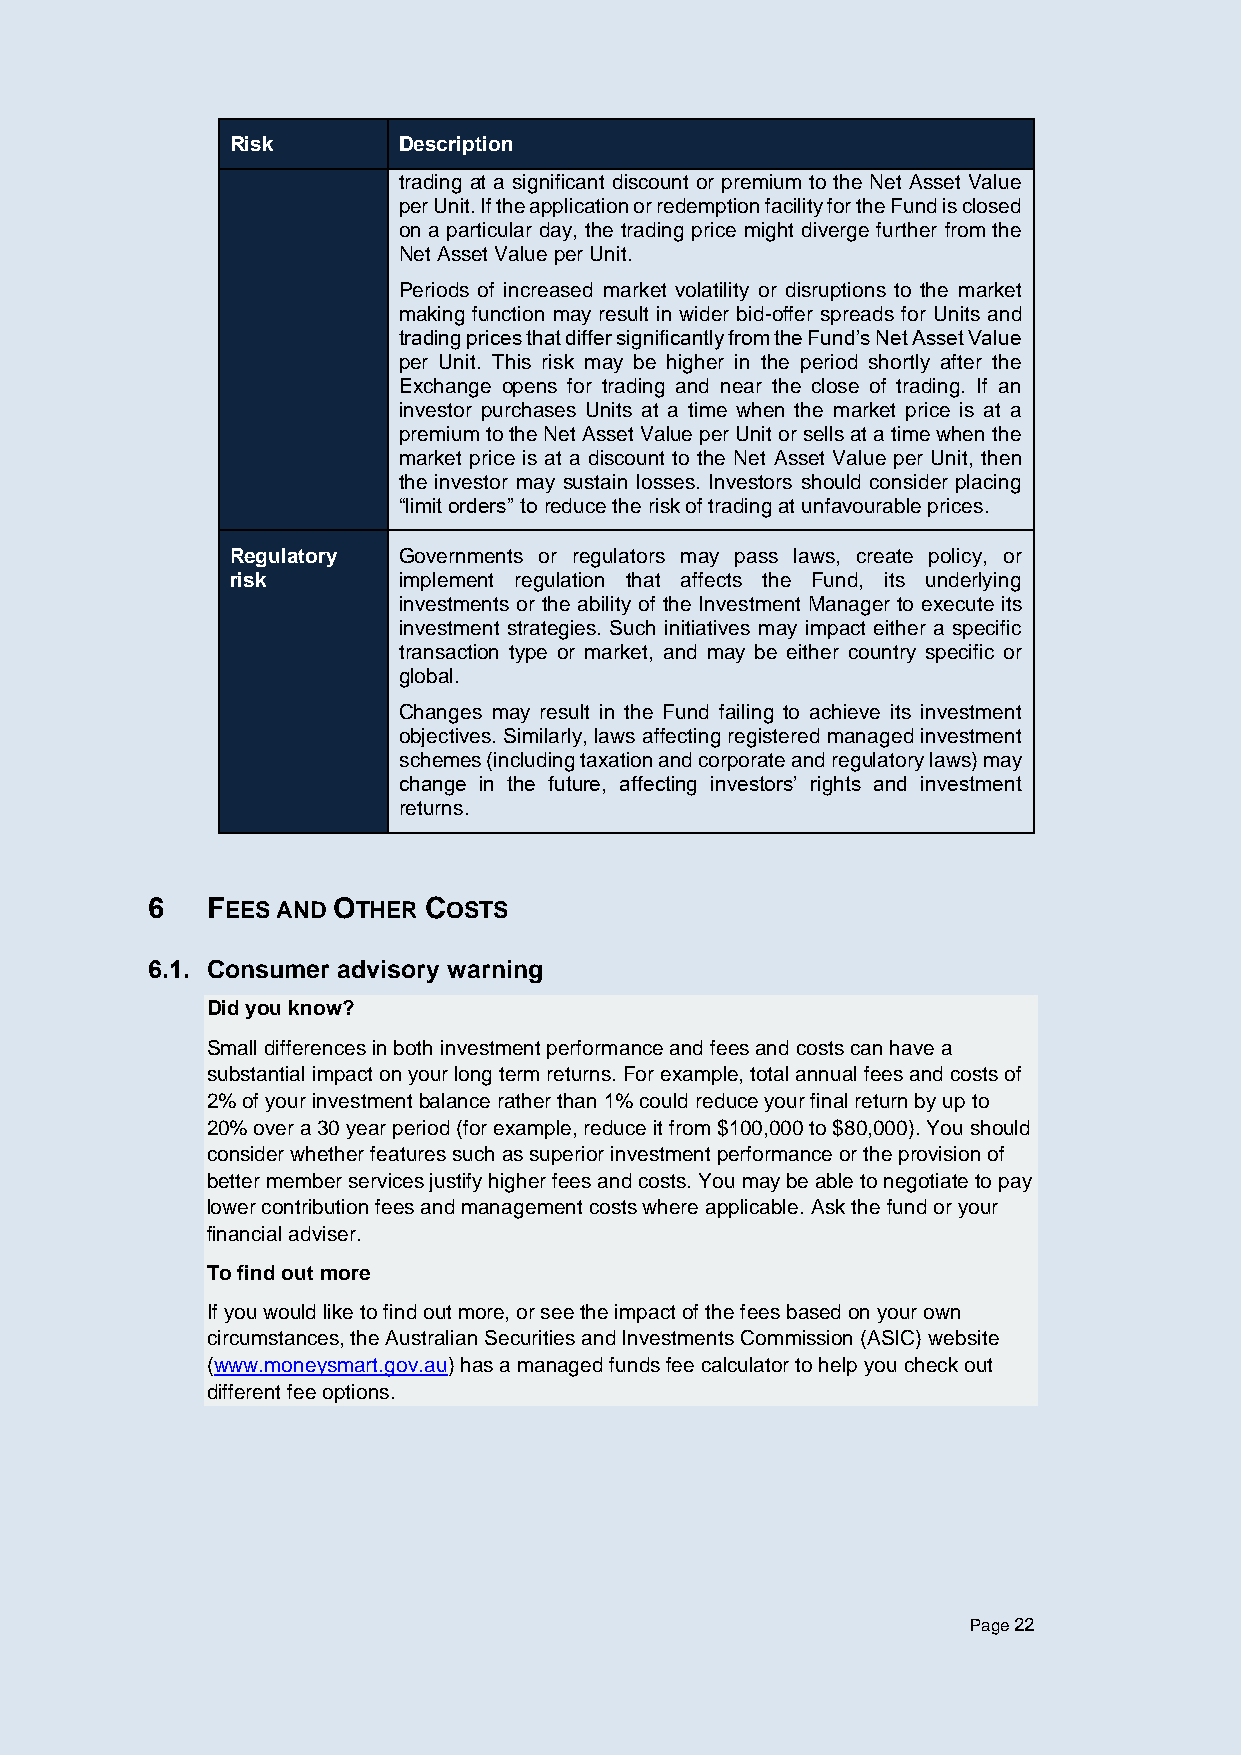
Risk       Description
 trading at a significant discount or premium to the Net Asset Value
 per Unit. If the application or redemption facility for the Fund is closed
 on a particular day, the trading price might diverge further from the
 Net Asset Value per Unit.
 Periods of increased market volatility or disruptions to the market
 making function may result in wider bid-offer spreads for Units and
 trading prices that differ significantly from the Fund’s Net Asset Value
 per Unit. This risk may be higher in the period shortly after the
 Exchange opens for trading and near the close of trading. If an
 investor purchases Units at a time when the market price is at a
 premium to the Net Asset Value per Unit or sells at a time when the
 market price is at a discount to the Net Asset Value per Unit, then
 the investor may sustain losses. Investors should consider placing
 “limit orders” to reduce the risk of trading at unfavourable prices.
 Regulatory Governments or regulators may pass laws, create policy, or
 risk       implement regulation that affects the Fund, its underlying
 investments or the ability of the Investment Manager to execute its
 investment strategies. Such initiatives may impact either a specific
 transaction type or market, and may be either country specific or
 global.
 Changes may result in the Fund failing to achieve its investment
 objectives. Similarly, laws affecting registered managed investment
 schemes (including taxation and corporate and regulatory laws) may
 change in the future, affecting investors’ rights and investment
 returns.
 6   FEES AND OTHER COSTS
 6.1. Consumer advisory warning
 Did you know?
 Small differences in both investment performance and fees and costs can have a
 substantial impact on your long term returns. For example, total annual fees and costs of
 2% of your investment balance rather than 1% could reduce your final return by up to
 20% over a 30 year period (for example, reduce it from $100,000 to $80,000). You should
 consider whether features such as superior investment performance or the provision of
 better member services justify higher fees and costs. You may be able to negotiate to pay
 lower contribution fees and management costs where applicable. Ask the fund or your
 financial adviser.
 To find out more
 If you would like to find out more, or see the impact of the fees based on your own
 circumstances, the Australian Securities and Investments Commission (ASIC) website
 (www.moneysmart.gov.au) has a managed funds fee calculator to help you check out
 different fee options.
 Page 22